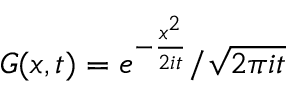
{ \cal { G } } ( x , t ) = e ^ { - \frac { x ^ { 2 } } { 2 i t } } / \sqrt { 2 \pi i t }